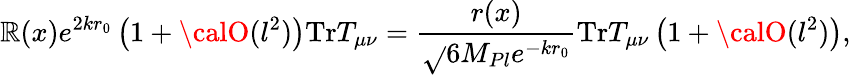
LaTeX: \mathbb{R}(x)e^{2kr_{0}}\left(1+{\calO}(l^{2})\right)\mathrm{{Tr}}T_{\mu\nu}=\frac{{r(x)}}{{\sqrt{}{{6}}M_{Pl}e^{-kr_{0}}}}\mathrm{{Tr}}T_{\mu\nu}\left(1+{\calO}(l^{2})\right),